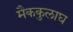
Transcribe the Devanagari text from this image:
मैककुलाघ